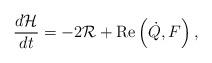
LaTeX: \begin{align*}\frac{d\mathcal{H}}{dt}=-2\mathcal{R}+\operatorname{Re}\left( \dot{Q},F\right) , \end{align*}